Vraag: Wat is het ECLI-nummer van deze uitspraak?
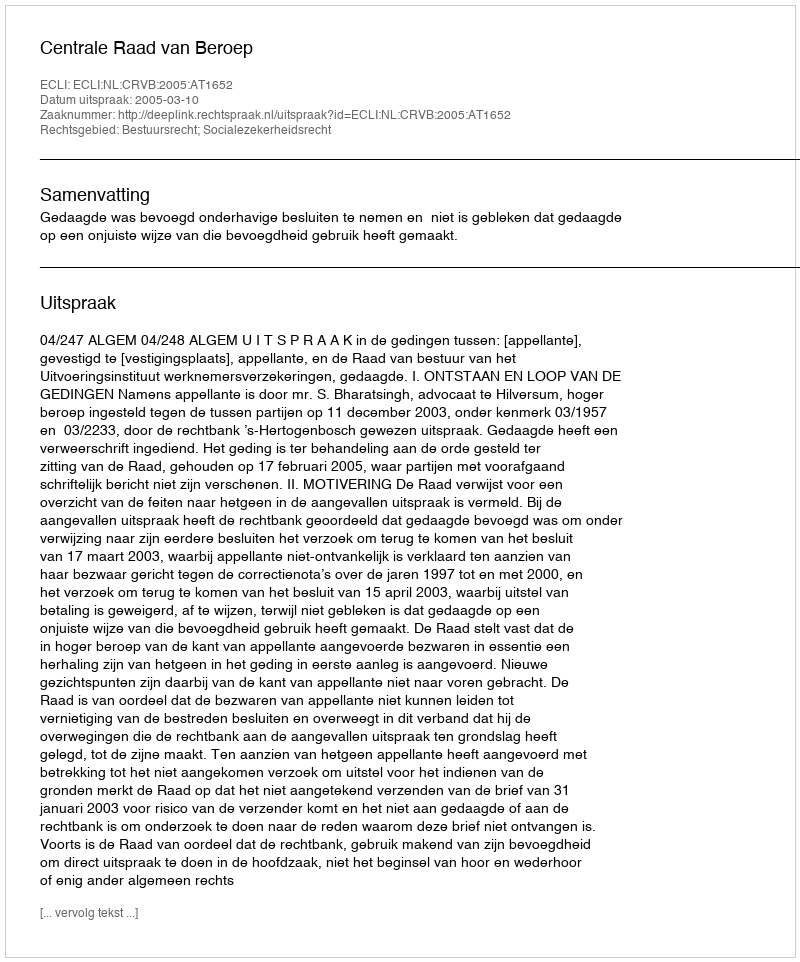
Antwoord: ECLI:NL:CRVB:2005:AT1652